Plague in India, 1896, 1897 - Volume 1
Year: 1896
Disease focus: Plague
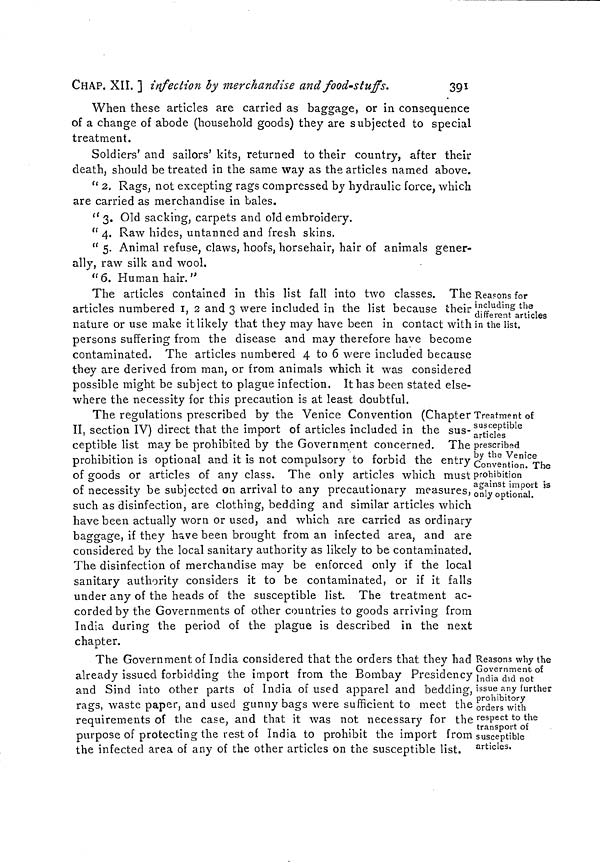
CHAP. XII. ] infection by merchandise and food-stuffs.
391
When these articles are carried as baggage, or in consequence
of a change of abode (household goods) they are subjected to special
treatment.
Soldiers' and sailors' kits, returned to their country, after their
death, should be treated in the same way as the articles named above.
" 2, Rags, not excepting rags compressed by hydraulic force, which
are carried as merchandise in bales.
"3. Old sacking, carpets and old embroidery.
" 4. Raw hides, untanned and fresh skins,
" 5. Animal refuse, claws, hoofs, horsehair, hair of animals gener-
ally, raw silk and wool.
"6. Human hair."
Reasons for
including the
different articles
in the list.
The articles contained in this list fall into two classes. The
articles numbered I, 2 and 3 were included in the list because their
nature or use make it likely that they may have been in contact with
persons suffering from the disease and may therefore have become
contaminated. The articles numbered 4 to 6 were included because
they are derived from man, or from animals which it was considered
possible might be subject to plague infection. It has been stated else-
where the necessity for this precaution is at least doubtful.
Treatment of
susceptible
articles
prescribed
by the Venice
Convention. The
prohibition
against import is
only optional.
The regulations prescribed by the Venice Convention (Chapter
II, section IV) direct that the import of articles included in the sus-
ceptible list may be prohibited by the Government concerned. The
prohibition is optional and it is not compulsory to forbid the entry
of goods or articles of any class. The only articles which must
of necessity be subjected on arrival to any precautionary measures,
such as disinfection, are clothing, bedding and similar articles which
have been actually worn or used, and which are carried as ordinary
baggage, if they have been brought from an infected area, and are
considered by the local sanitary authority as likely to be contaminated.
The disinfection of merchandise may be enforced only if the local
sanitary authority considers it to be contaminated, or if it falls
under any of the heads of the susceptible list. The treatment ac-
corded by the Governments of other countries to goods arriving from
India during the period of the plague is described in the next
chapter.
Reasons why the
Government of
India did not
issue any further
prohibitory
orders with
respect to the
transport of
susceptible
articles.
The Government of India considered that the orders that they had
already issued forbidding the import from the Bombay Presidency
and Sind into other parts of India of used apparel and bedding,
rags, waste paper, and used gunny bags were sufficient to meet the
requirements of the case, and that it was not necessary for the
purpose of protecting the rest of India to prohibit the import from
the infected area of any of the other articles on the susceptible list.